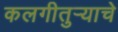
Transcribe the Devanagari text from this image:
कलगीतुर्‍याचे